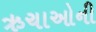
ઋચાઓની